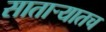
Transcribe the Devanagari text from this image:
सातार्‍यातच